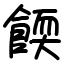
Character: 餪